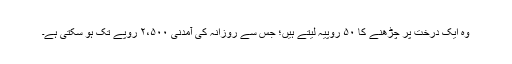
وہ ایک درخت پر چڑھنے کا ۵۰ روپیہ لیتے ہیں؛ جس سے روزانہ کی آمدنی ۲،۵۰۰ روپے تک ہو سکتی ہے۔